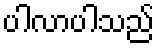
ပါလာပါသည်